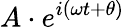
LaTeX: A\cdot e^{i(\omega t+\theta)}